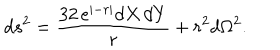
d s ^ { 2 } = { \frac { 3 2 \, e ^ { \vert - r \vert } d X \, d Y } { r } } + r ^ { 2 } d \Omega ^ { 2 } .